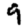
Digit: 9